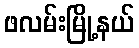
ဖလမ်းမြို့နယ်